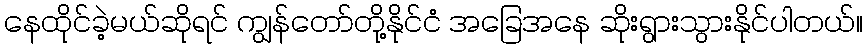
နေထိုင်ခဲ့မယ်ဆိုရင် ကျွန်တော်တို့နိုင်ငံ အခြေအနေ ဆိုးရွားသွားနိုင်ပါတယ်။